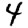
Digit: 4